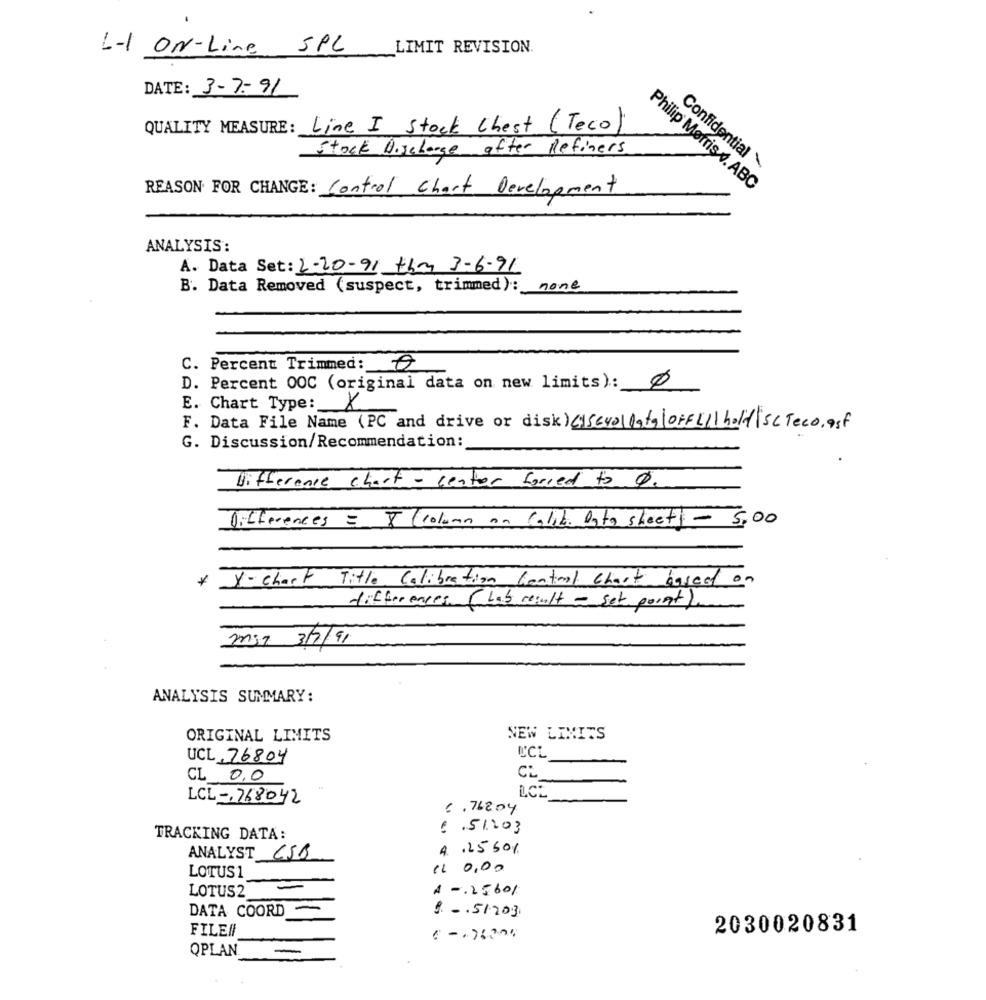
L-1 ON-Line SPL
LIMIT REVISION.
DATE: 3-7-91
QUALITY MEASURE: Line I Stock Chest (Teco)
Stock Discharge after Refiners
Confidential \
REASON FOR CHANGE: Control Chart Development
Philip Morris . ABC
ANALYSIS:
A. Data Set: 2-20-91 thm 3-6-91
B. Data Removed (suspect, trimmed): none
C. Percent Trimmed: 0
D. Percent 00C (original data on new limits): 0
E. Chart Type:
F. Data File Name (PC and drive or disk) (scrollofgoff Lil holt|sc Teco.est
G. Discussion/Recommendation:
Difference chart - center forced to 0.
Differences = 8 (column on calib Data sheets - 5,00
* X- chart Title Calibration Central chart based on
differences ( Lab result - set point)
m37 3/7/91
ANALYSIS SUMMARY:
NEW LIMIT
ORIGINAL LIMITS
UCL 76804
UCL
CL 0,0
CL
LCL -, 768042
6 . 762.04
51203
TRACKING DATA:
.25501
ANALYST CSR
11 0,00
LOTUS 1
LOTUS2
-. 25601
DATA COORD -
9. -. 51203
FILEN
2030020831
QPLAN